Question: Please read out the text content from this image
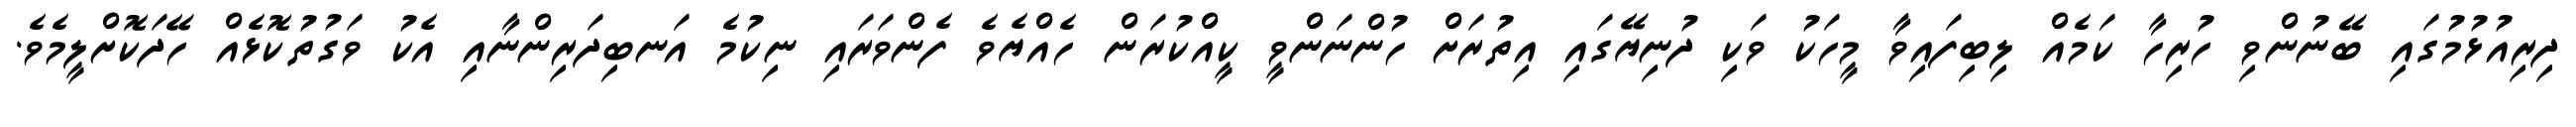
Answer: ދިރިއުޅުމުގައި ބޭނުންވި ހުރިހާ ކަމެއް ލިބިފައިވާ މީހަކު ވަކި ދުނިޔޭގައި އިތުރަށް ހުންނަންވީ ކީއްކުރަން ހެއްޔެވެ ފެންވަރައި ނިކުމެ އަނބިދަރިންނާއި އެކު ވަގުތުކޮޅެއް ހޭދަކޮށްލީމެވެ.